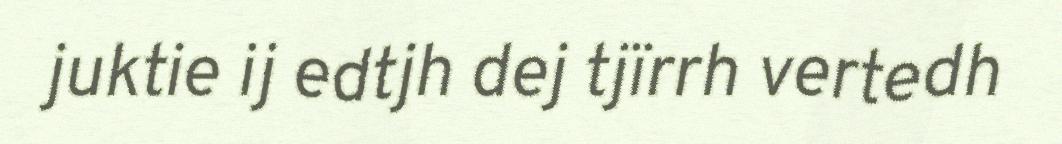
juktie ij edtjh dej tjïrrh vertedh